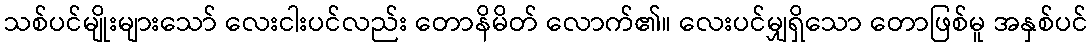
သစ်ပင်မျိုးများသော် လေးငါးပင်လည်း တောနိမိတ် လောက်၏။ လေးပင်မျှရှိသော တောဖြစ်မူ အနှစ်ပင်